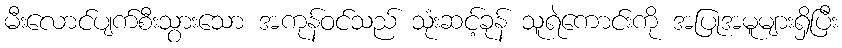
မီးလောင်ပျက်စီးသွားသော အကုန်ဝင်သည် သုံးဆင့်ခုန် သူရဲကောင်းကို အပြုအမူများရှိပြီး